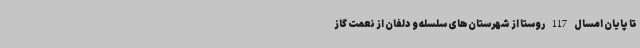
تا پایان امسال 117 روستا از شهرستان‌های سلسله و دلفان از نعمت گاز